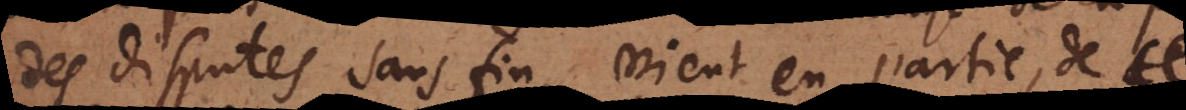
des disputes sans fin, vient en partie, de ce